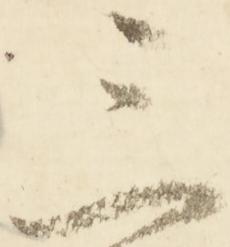
三